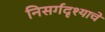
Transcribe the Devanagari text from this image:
निसर्गदृश्याचे